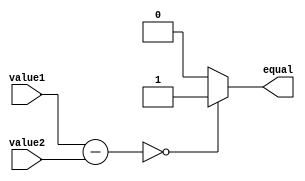
module EqualityComparator(
    input [7:0] value1,
    input [7:0] value2,
    output reg equal
);

reg [7:0] result;

always @(*)
begin
    result = value1 - value2;
    if(result == 0)
        equal = 1;
    else
        equal = 0;
end

endmodule